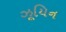
ઝૂયિન